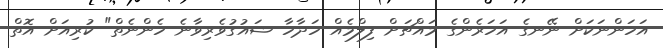
އަހަންނަކަށް ނޭނގެ އަހަރެންގެ މައްޗަށް ފިލްމެއް ހަދާހާ ޝައުގުވެރިވާނެ ހެންނެތް" ކުރިއަށް އޮތް